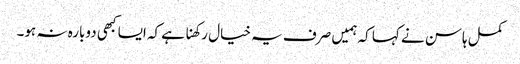
کمل ہاسن نے کہا کہ ہمیں صرف یہ خیال رکھنا ہے کہ ایسا کبھی دوبارہ نہ ہو۔